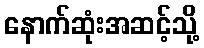
နောက်ဆုံးအဆင့်သို့